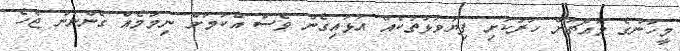
މީހުންގެ މައްޗަށް ހަރުކަށި ފިޔަވަޅުތަކެއް އަޅައިގެން ވެސް އެކަމަށް ނިމުމެއް ގެންނަން ޖެހެ